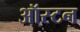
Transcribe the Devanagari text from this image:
ऑस्टन